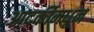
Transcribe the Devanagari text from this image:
आदर्कीमधून